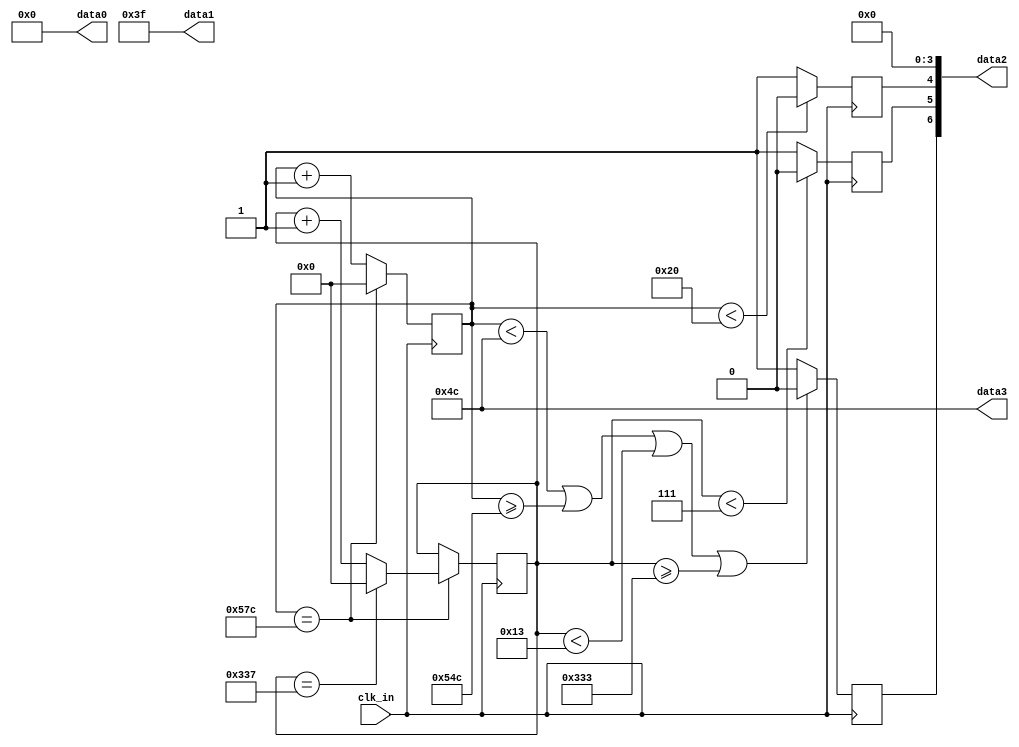
module image_out(
	clk_in,
   data0,
	data1,
	data2,
	data3
	
);


input wire clk_in;
output wire [6:0] data0;
output wire  [6:0] data1;
output wire [6:0]  data2;
output wire [6:0]  data3;

//	//-- display parameters
//	parameter htotal = 1440; 		//-- screen size, with back porch
//	parameter hfront  = 48; 			//-- front porch
//	parameter hactive = 1280; 		//-- display size
//	parameter hback = 80;
//	parameter hwh = 32;				//
//	reg [10:0] hcurrent = 0;  				// : integer range 0 to htotal := 0;:
//	parameter vtotal = 823;					// : integer := 823; -- screen size, with back porch
//	parameter vfront = 2;					// : integer := 0; -- front porch
//	parameter vactive = 800;				// : integer := 768; -- display size
//	parameter vback = 15;					//back porch
//	parameter vwv = 6;	
//	reg [10:0] vcurrent = 0;					// : integer range 0 to vtotal := 0;

	//-- display parameters
	parameter htotal = 1404; 		//-- screen size, with back porch
	parameter hfront  = 48; 			//-- front porch
	parameter hactive = 1280; 		//-- display size
	parameter hback = 44;
	parameter hwh = 32;				//
	reg [10:0] hcurrent = 0;  				// : integer range 0 to htotal := 0;:
	parameter vtotal = 823;					// : integer := 823; -- screen size, with back porch
	parameter vfront = 4;					// : integer := 0; -- front porch
	parameter vactive = 800;				// : integer := 768; -- display size
	parameter vback = 12;					//back porch
	parameter vwv = 7;	
	reg [10:0] vcurrent = 0;					// : integer range 0 to vtotal := 0;
	
	
	parameter [7:0] red = 8'b00000000;
	parameter [7:0] green = 8'b11111111;
	parameter [7:0] blue = 8'b00000000;
	
	reg vsync;
	reg hsync;
	reg de;
	parameter nonsense = 1;
	
   //assign dataenable = vsync & hsync;
	assign data0 = ({green[0], red[6:0]});
	assign data1 = ({blue[1:0], green[5:0]});
	assign data2 = ({de, vsync, hsync, blue[5:2]});
	assign data3 = ({nonsense, blue[7:6], green[7:6], red[7:6]});
 
always@ (posedge clk_in )	
	begin
	
	if (hcurrent < hwh)
		hsync <= 0;
	else
		hsync <= 1;		
		
	if (vcurrent < vwv)	
		vsync <= 0;	
	else
		vsync <= 1;
		
		if(hcurrent < hwh+hback || hcurrent >= htotal - hfront || vcurrent < vwv+vback || vcurrent >= vtotal-vfront)
			de <= 0;
		else
			de <= 1;
		
	if (hcurrent == htotal)	
		begin
			hcurrent <= 0;
			
			if (vcurrent == vtotal)
				vcurrent <= 0;
			else
				vcurrent <= vcurrent + 1;
		end
	else
			hcurrent <= hcurrent + 1;
		
	end
endmodule




//module image_out(
//input wire clk_in,
//output wire dataenable,
//output wire hsyn,
//output wire vsyn
//);
//
//
//	//-- display parameters
//	parameter htotal = 1440; 		//-- screen size, with back porch
//	parameter hfront  = 48; 			//-- front porch
//	parameter hactive = 1280; 		//-- display size
//	parameter hback = 80;
//	parameter hwh = 32;				//
//	reg [10:0] hcurrent = 0;  				// : integer range 0 to htotal := 0;:
//	parameter vtotal = 823;					// : integer := 823; -- screen size, with back porch
//	parameter vfront = 2;					// : integer := 0; -- front porch
//	parameter vactive = 800;				// : integer := 768; -- display size
//	parameter vback = 15;					//back porch
//	parameter vwv = 6;	
//	reg [10:0] vcurrent = 0;					// : integer range 0 to vtotal := 0;
//
////	//-- display parameters
////	parameter htotal = 100; 		//-- screen size, with back porch
////	parameter hfront  = 10; 			//-- front porch
////	parameter hactive = 60; 		//-- display size
////	parameter hback = 20;
////	parameter hwh = 10;				//
////	reg [10:0] hcurrent = 0;  				// : integer range 0 to htotal := 0;:
////	parameter vtotal = 80;					// : integer := 823; -- screen size, with back porch
////	parameter vfront = 5;					// : integer := 0; -- front porch
////	parameter vactive = 50;				// : integer := 768; -- display size
////	parameter vback = 20;					//back porch
////	parameter vwv = 5;	
////	reg [10:0] vcurrent = 0;					// : integer range 0 to vtotal := 0;
//	
//	
//	parameter [7:0] red = 8'b00000000;
//	parameter [7:0] green = 8'b11111111;
//	parameter [7:0] blue = 8'b00000000;
//	
//	reg vsync = 0;
//	reg hsync;
//	reg de;
//	//wire dataenable;
//	parameter nonsense = 1;
//	
//	//wire vsync;
//	//wire hsync;
//	
//   assign dataenable = de;
//	assign vsyn  = vsync;
//	assign hsyn = hsync;
//
//
//always@ (posedge clk_in )	
//	begin
//	
//	if (hcurrent < hwh)
//		hsync <= 0;
//	else
//		hsync <= 1;		
//		
//	if (vcurrent < vwv)	
//		vsync <= 0;	
//	else
//		vsync <= 1;
//		
//		if(hcurrent < hwh+hback || hcurrent >= htotal - hfront || vcurrent < vwv+vback || vcurrent >= vtotal-vfront)
//			de <= 0;
//		else
//			de <= 1;
//		
//	if (hcurrent == htotal)	
//		begin
//			hcurrent <= 0;
//			
//			if (vcurrent == vtotal)
//				vcurrent <= 0;
//			else
//				vcurrent <= vcurrent + 1;
//		end
//	else
//			hcurrent <= hcurrent + 1;
//		
//	end
//endmodule